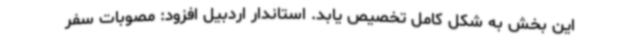
این بخش به شکل کامل تخصیص یابد. استاندار اردبیل افزود: مصوبات سفر